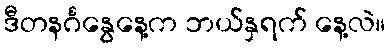
ဒီတနင်္ဂနွေနေ့က ဘယ်နှရက် နေ့လဲ။